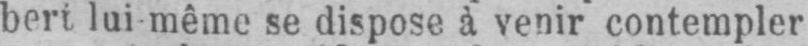
se dispose, à venir contempler